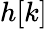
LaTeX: h[k]